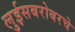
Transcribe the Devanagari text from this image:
लुईसबरोबरचे